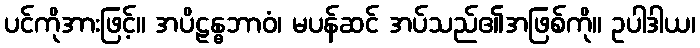
ပင်ကိုအားဖြင့်။ အပိဠန္ဓဘာဝံ၊ မပန်ဆင် အပ်သည်၏အဖြစ်ကို။ ဥပါဒါယ၊